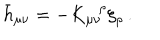
LaTeX: \bar { h } _ { \mu \nu } = - K _ { \mu \nu } ^ { \ \ \, \rho } \xi _ { \rho } \, .